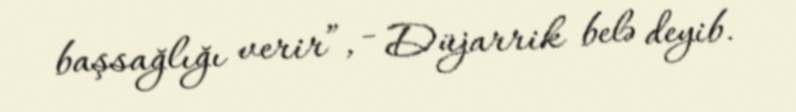
başsağlığı verir”, - Düjarrik belə deyib.